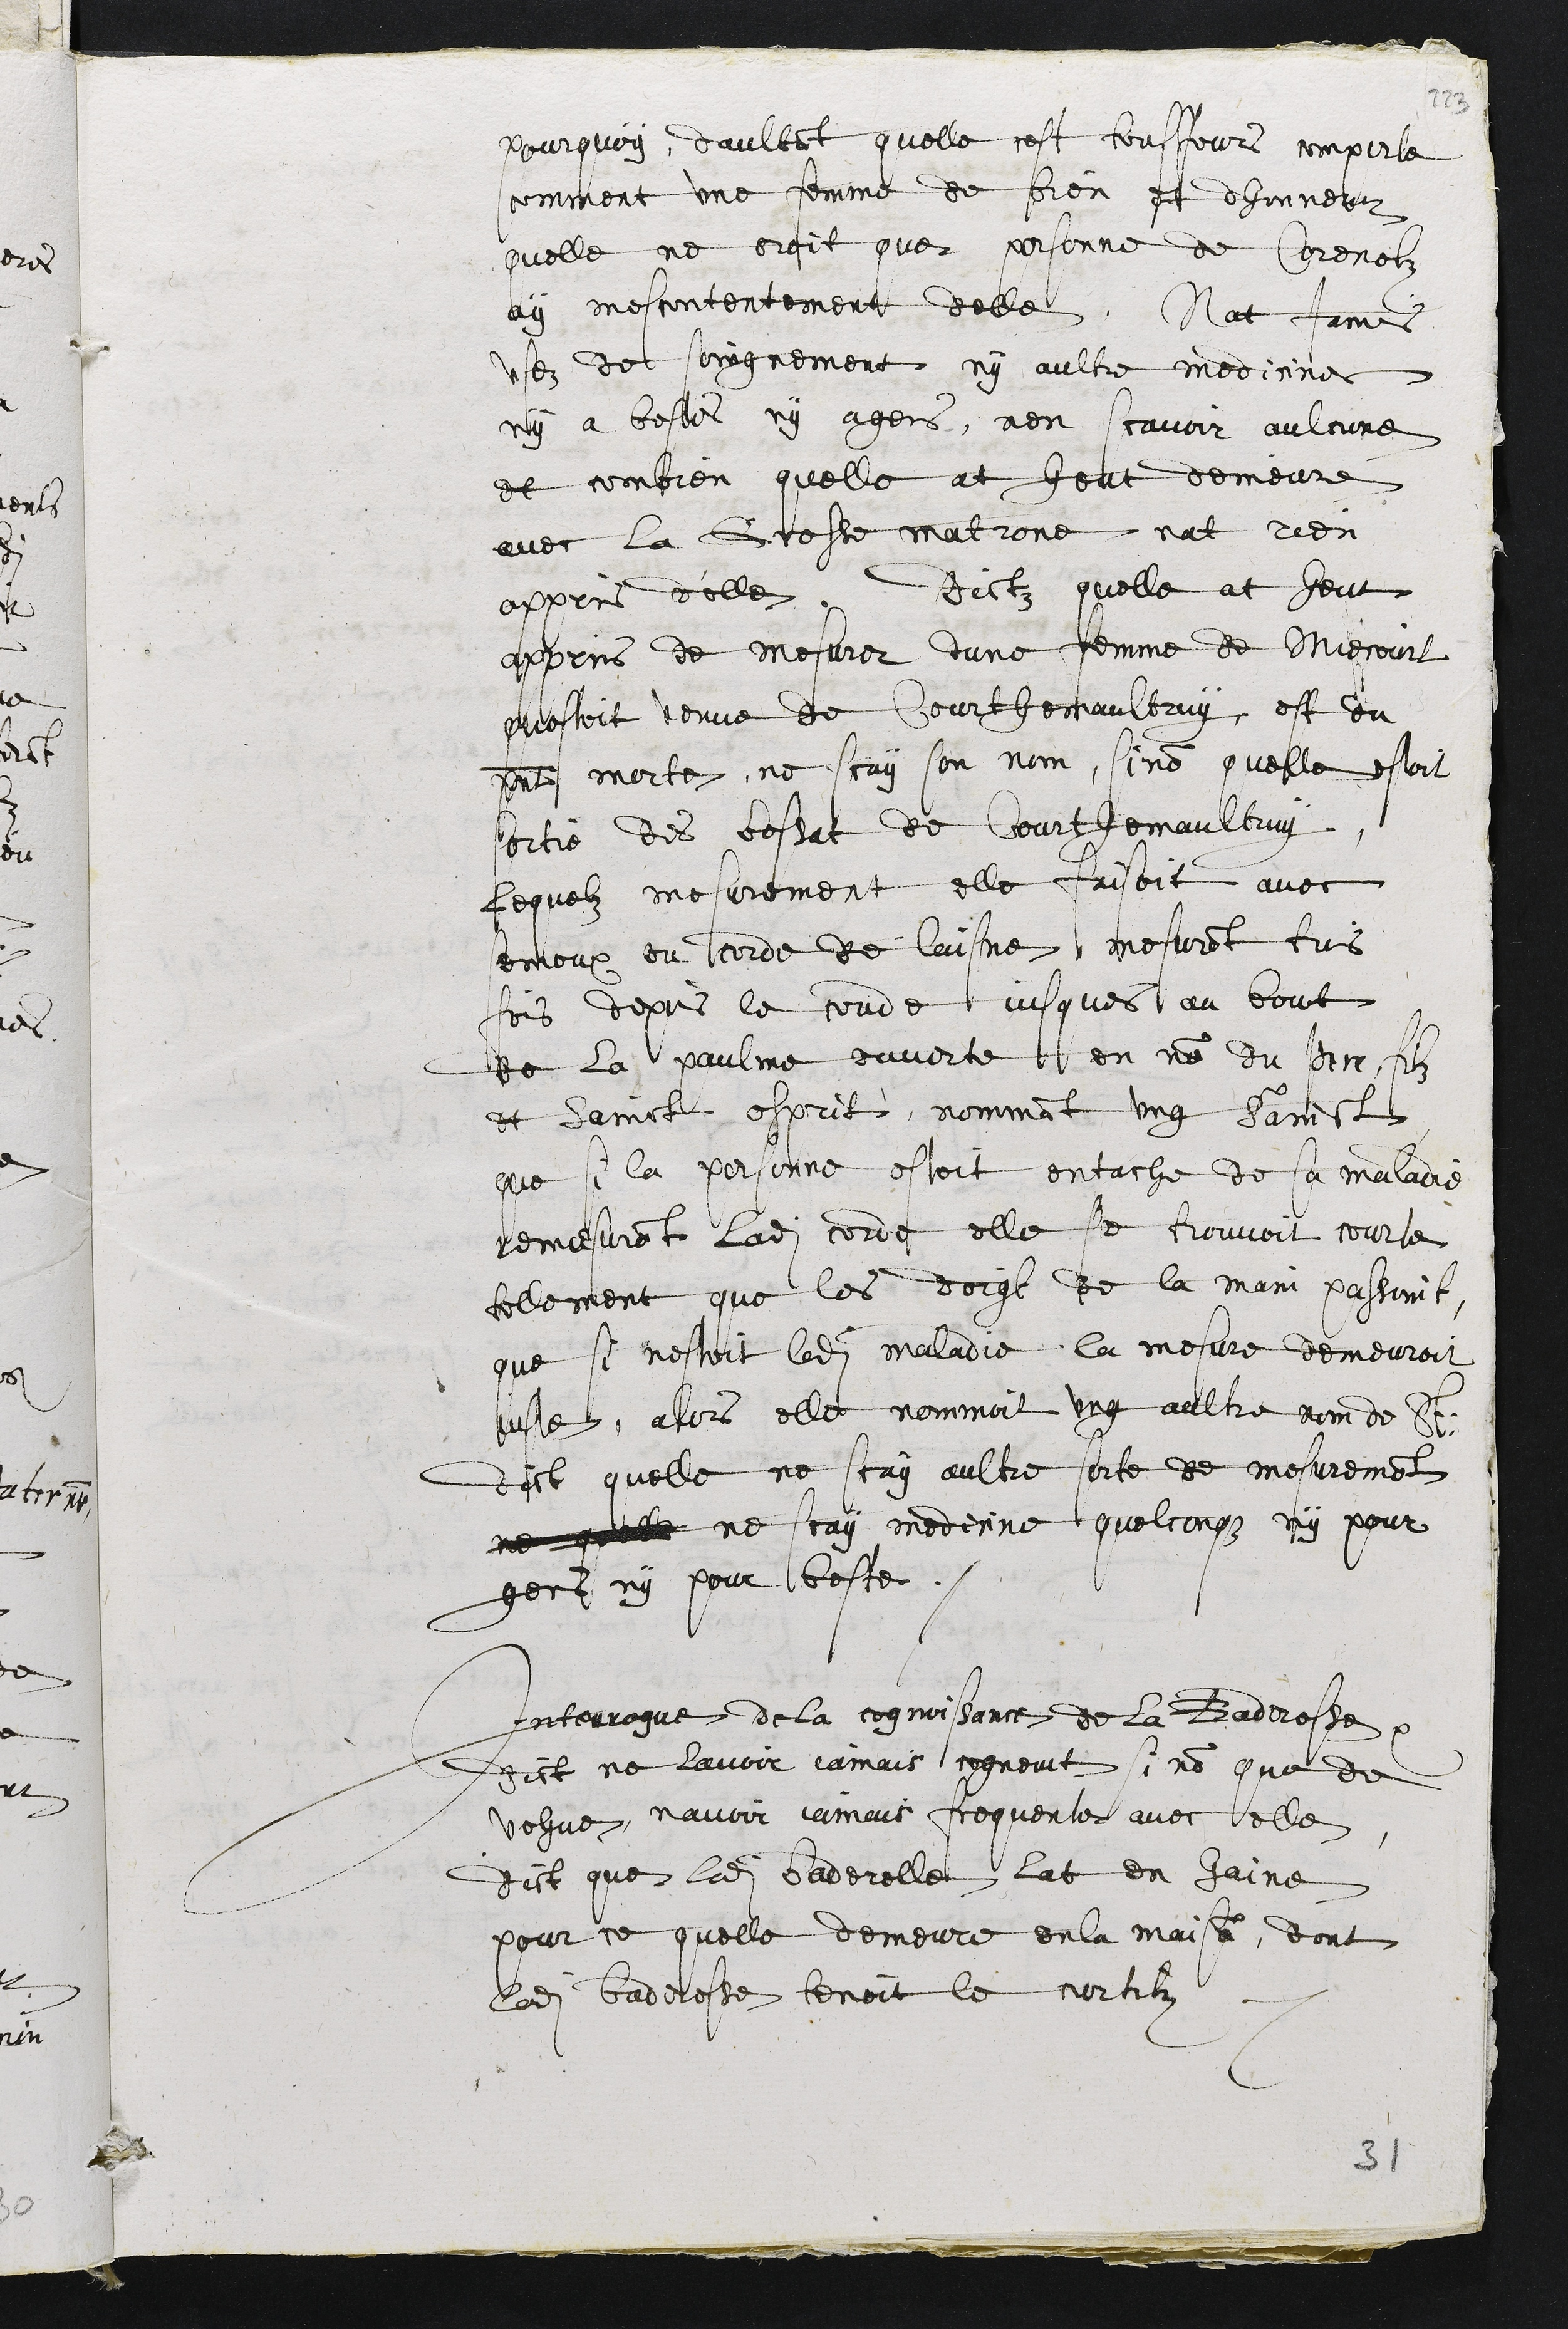
pourquoy daultant quelle cest tousjours comporte
comment une femme de bien et dhonneur
quelle ne croit que personne de Corenolz
ay mescontentement delle, Nat james
usez de soingnement, ny aultre medicines
ny a bestes ny a gens, nen scavoir aulcune
et combien quelle at heut demeure
avec la Grosse matrone nat rien
appris d'elle, dictz quelle at heut
appris de mesurer dune femme de Miecourt
questoit venue de Courthemaultruy, est du
present morte, ne scay son nom, sinon quelle estoit
sortie des bessat de Courthemaultruy
Lequelz mesurement elle faisoit avec
semoux ou corde de laisne mesurent trois
fois depuis le coude jusques au bout
de la paulme ouverte en nom du Pere, filz
et Sainct esprit, nommant ung Sainct
que si la personne estoit entache de sa maladie
remesurant ladite corde elle se trouvoit courte
tellement que les doigt de la main passoint
que si nestoit ledit maladie la mesure demeuroit
juste, alors elle nommoit ung aultre nom de St
dict quelle ne scay aultre sorte de mesurement
ne quelle ne scay medicine quelconque ny pour
gens ny pour beste.
Interrogue de ce de la cognoissance de la Baderesse,
dict ne lavoir jamais cogneuct si non que de
vehue, navoir jamais frequente avec elle
dict que ladite Baderelle lat en haine
pour ce quelle demeure en la maison, dont
ladite baderesse tenoit le curtilz
31